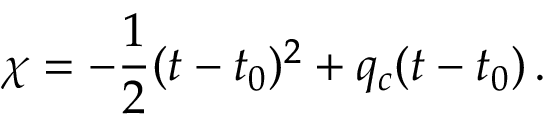
\chi = - { \frac { 1 } { 2 } } ( t - t _ { 0 } ) ^ { 2 } + q _ { c } ( t - t _ { 0 } ) \, .